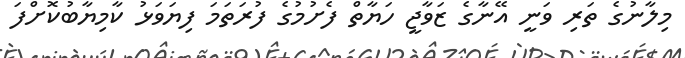
މިލާނުގެ ތަރި ވަނީ އޭނާގެ ޒަވާޖީ ހަޔާތް ފެށުމުގެ ފުރަތަމަ ފިޔަވަޅު ކާމިޔާބުކޮށްފަ